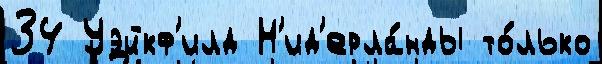
34 Уэйкф'илд Н'ид'ерла́нды то́лько